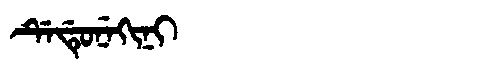
Manchu: ᡩᡝᡩᡠᠨᡝᡴᡳᠨᡳ
Romanization: DEDUNEKINI